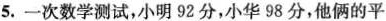
5.一次数学测试，小明92分，小华98分，他俩的平